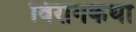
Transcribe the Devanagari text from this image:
विरागकथा